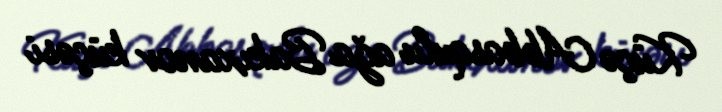
Küçə Abbasqulu ağa Bakıxanov küçəsi